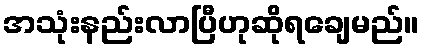
အသုံးနည်းလာပြီဟုဆိုရချေမည်။